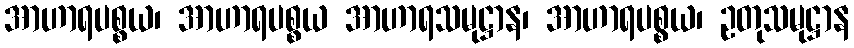
အာဟာရပစ္စယ၊ အာဟာရပစ္စယ အာဟာရသမုဋ္ဌာန၊ အာဟာရပစ္စယ၊ ဥတုသမုဋ္ဌာန